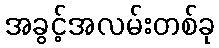
အခွင့်အလမ်းတစ်ခု